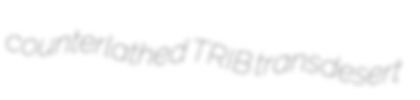
counterlathed TRIB transdesert